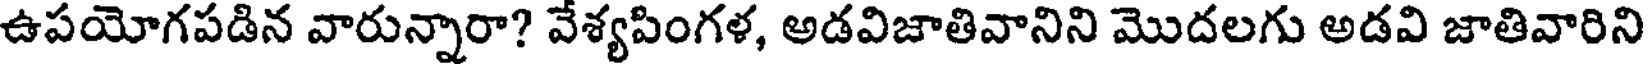
ఉపయోగపడిన వారున్నారా? వేశ్యపింగళ, అడవిజాతివానిని మొదలగు అడవి జాతివారిని